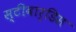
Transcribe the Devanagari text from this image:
स्‍टीवार्डिस